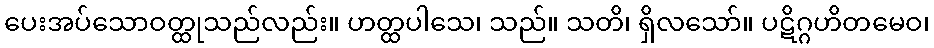
ပေးအပ်သောဝတ္ထုသည်လည်း။ ဟတ္ထပါသေ၊ သည်။ သတိ၊ ရှိလသော်။ ပဋိဂ္ဂဟိတမေဝ၊